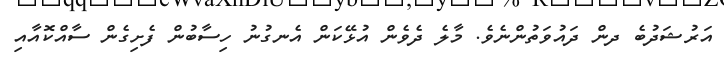
އަރުޝަދުބެ ދން ދައުވަތުންނެވެ. މާލެ ދެވެން އުޅޭކަން އެނގުނު ހިސާބުން ފެށިގެން ސާއްކޮއާއި